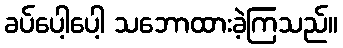
ခပ်ပေါ့ပေါ့ သဘောထားခဲ့ကြသည်။